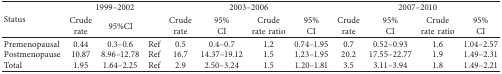
<table><thead><tr><td rowspan="2"><b>Status</b></td><td colspan="3"><b>1999–2002</b></td><td colspan="4"><b>2003–2006</b></td><td colspan="4"><b>2007–2010</b></td></tr><tr><td><b>Crude rate</b></td><td colspan="2"><b>95%CI</b></td><td><b>Crude rate</b></td><td><b>95% CI</b></td><td><b>Crude rate ratio</b></td><td><b>95% CI</b></td><td><b>Crude rate</b></td><td><b>95% CI</b></td><td><b>Crude rate ratio</b></td><td><b>95% CI</b></td></tr></thead><tbody><tr><td>Premenopausal</td><td>0.44</td><td>0.3–0.6</td><td>Ref</td><td>0.5</td><td>0.4–0.7</td><td>1.2</td><td>0.74–1.95</td><td>0.7</td><td>0.52–0.93</td><td>1.6</td><td>1.04–2.57</td></tr><tr><td>Postmenopause</td><td>10.87</td><td>8.96–12.78</td><td>Ref</td><td>16.7</td><td>14.37–19.12</td><td>1.5</td><td>1.23–1.95</td><td>20.2</td><td>17.55–22.77</td><td>1.9</td><td>1.49–2.31</td></tr><tr><td>Total</td><td>1.95</td><td>1.64–2.25</td><td>Ref</td><td>2.9</td><td>2.50–3.24</td><td>1.5</td><td>1.20–1.81</td><td>3.5</td><td>3.11–3.94</td><td>1.8</td><td>1.49–2.21</td></tr></tbody></table>